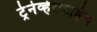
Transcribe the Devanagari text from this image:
ट्रेनेव्हेरफाह्रेन